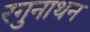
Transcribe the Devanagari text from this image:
रगुनाथन